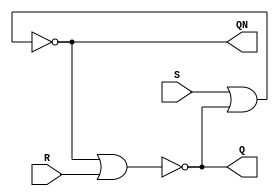
// Copyright (C) 2023  Intel Corporation. All rights reserved.
// Your use of Intel Corporation's design tools, logic functions 
// and other software and tools, and any partner logic 
// functions, and any output files from any of the foregoing 
// (including device programming or simulation files), and any 
// associated documentation or information are expressly subject 
// to the terms and conditions of the Intel Program License 
// Subscription Agreement, the Intel Quartus Prime License Agreement,
// the Intel FPGA IP License Agreement, or other applicable license
// agreement, including, without limitation, that your use is for
// the sole purpose of programming logic devices manufactured by
// Intel and sold by Intel or its authorized distributors.  Please
// refer to the applicable agreement for further details, at
// https://fpgasoftware.intel.com/eula.

// PROGRAM		"Quartus Prime"
// VERSION		"Version 22.1std.1 Build 917 02/14/2023 SC Standard Edition"
// CREATED		"Fri Apr  5 12:43:06 2024"

module lab9step1a(
	S,
	R,
	Q,
	QN
);


input wire	S;
input wire	R;
output wire	Q;
output wire	QN;

wire	SYNTHESIZED_WIRE_0;
wire	SYNTHESIZED_WIRE_1;

assign	Q = SYNTHESIZED_WIRE_1;
assign	QN = SYNTHESIZED_WIRE_0;



assign	SYNTHESIZED_WIRE_1 = ~(SYNTHESIZED_WIRE_0 | R);

assign	SYNTHESIZED_WIRE_0 = ~(S | SYNTHESIZED_WIRE_1);


endmodule